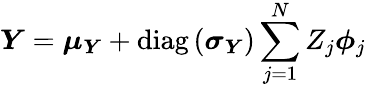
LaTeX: \boldsymbol{Y}=\boldsymbol{\mu}_{\boldsymbol{Y}}+\operatorname{diag}\left(\boldsymbol{\sigma}_{\boldsymbol{Y}}\right)\sum_{j=1}^{N}Z_{j}\boldsymbol{\phi}_{j}